Report on vaccination proceedings throughout the Government of Bengal -
Year: 1868
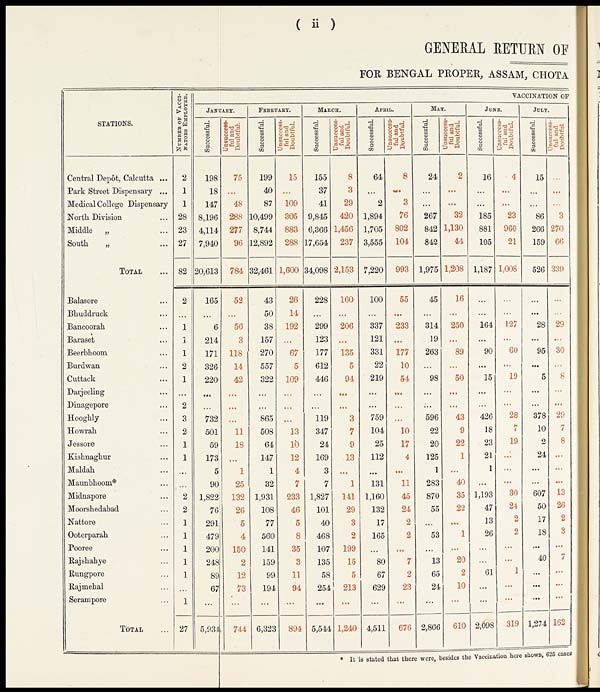
( ii )
GENERAL RETURN OF
FOR BENGAL PROPER, ASSAM, CHOTA
STATIONS,
Central Depôt, Calcutta ...
Park Street Dispensary...
Medical College Dispensary
North Division... ...
Middle „ ... ...
South
„ ...
TOTAL...
Balasore...
Bhuddruck...
Bancoorah...
Baraset...
Beerbhoom...
Burdwan...
Cuttack...
Darjeeling...
Dinagepore...
Hooghly...
Howrah...
Jessore...
Kishnaghur...
Maldah...
Maunbhoom*...
Midnapore...
Moorshedabad...
Nattore...
Ooterparah...
Pooree...
Rajshahye...
Rungpore...
Rajmehal...
Serampore...
TOTAL...
NUMBER OF VACCI-
------ EMPLOYED.
2
1
1
28
23
27
82
2
...
1
1
1
2
1
...
2
3
2
1
1
...
...
2
2
1
1
1
1
1
...
1
27
VACCINATION OF
JANUARY.
Successful.
198
18
147
8,196
4,114
7,940
20,613
165
...
6
214
171
326
220
...
...
732
501
59
173
5
90
1,822
76
291
479
200
248
89
67
...
5,934
Unsuccess-
ful and
Doubtful.
75
...
48
288
277
96
784
52
...
56
3
118
14
42
...
...
...
11
18
...
1
25
132
26
5
4
150
2
12
73
...
744
FEBRUARY.
Successful.
199
40
87
10,499
8,744
12,892
32,461
43
50
38
157
270
557
322
...
...
865
508
64
147
1
32
1,931
108
77
560
141
159
99
194
...
6,323
Unsuccess-
ful and
Doubtful.
15
...
109
305
883
288
1,600
26
14
192
...
67
5
109
...
...
...
13
10
12
4
7
233
46
5
8
35
3
11
94
...
894
MARCH.
Successful.
155
37
41
9,845
6,366
17,654
34,098
228
...
299
123
177
612
446
...
...
119
347
24
169
3
7
1,827
101
40
468
107
135
58
254
...
5,544
Unsuccess-
ful and
Doubtful.
8
3
29
420
1,456
237
2,153
160
...
206
...
135
5
94
...
...
3
7
9
13
...
1
141
29
3
2
199
15
5
213
...
1,240
APRIL.
Successful.
64
...
2
1,894
1,705
3,555
7,220
100
...
337
121
331
22
219
...
...
759
104
25
112
...
131
1,160
132
17
165
...
80
67
629
...
4,511
Unsuccess-
ful and
Doubtful.
8
...
3
76
802
104
993
55
...
233
...
177
10
54
...
...
...
10
17
4
...
11
45
24
2
2
...
7
2
23
...
676
MAY.
Successful.
24
...
...
267
842
842
1,975
45
...
314
19
263
...
98
...
...
596
22
20
125
1
283
870
55
...
53
...
13
65
24
...
2,866
Unsuccess-
ful and
Doubtful.
2
...
...
32
1,130
44
1,208
16
...
250
...
89
...
50
...
...
43
9
22
1
...
40
35
22
...
1
...
20
2
10
...
610
JUNE.
Successful.
16
...
...
185
881
105
1,187
...
...
164
...
90
...
15
...
...
426
18
23
21
1
...
1,193
47
13
26
...
...
61
...
...
2,098
Unsuccess-
ful and
Doubtful.
4
...
...
23
960
21
1,008
...
...
127
...
60
...
19
...
...
28
7
19
...
...
...
30
24
2
2
...
...
1
...
...
319
JULY.
Successful.
15
...
...
86
266
159
526
...
...
28
...
95
...
5
...
...
378
10
2
24
...
...
607
50
17
18
...
40
...
...
...
1,274
Unsuccess-
ful and
Doubtful.
...
...
...
3
270
66
339
...
...
29
...
30
...
8
...
...
29
7
8
...
...
...
13
26
2
3
...
7
...
....
...
162
* It is stated that there were, besides the Vaccination here shown, 625 cases